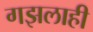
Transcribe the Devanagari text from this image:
गझलाही